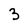
Character: 3